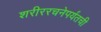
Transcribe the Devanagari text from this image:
शरीररचनेपर्यंतची